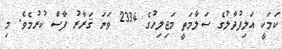
ކަމަކީ އަލިފުދާލުގެ ސަލާމަތީ މަޖިލިހުގެ 2334 ވަނަ ޤަރާރު ފާސް ކުރުމެވެ. މި